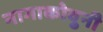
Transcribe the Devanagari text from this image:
नागाकोवुनी